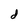
Character: d